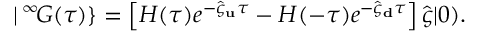
| \, ^ { \infty } \! G ( \tau ) \} = \left[ H ( \tau ) e ^ { - \hat { \varsigma } _ { \bf u } \tau } - H ( - \tau ) e ^ { - \hat { \varsigma } _ { \bf d } \tau } \right] \hat { \varsigma } | 0 ) .